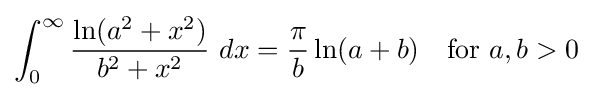
\int _{0}^{\infty }{\frac {\ln(a^{2}+x^{2})}{b^{2}+x^{2}}}\ dx={\frac {\pi }{b}}\ln(a+b)\quad {\text{for }}a,b>0